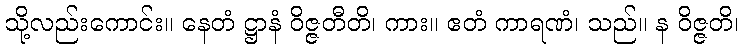
သို့လည်းကောင်း။ နေတံ ဋ္ဌာနံ ဝိဇ္ဇတီတိ၊ ကား။ ဧတံ ကာရဏံ၊ သည်။ န ဝိဇ္ဇတိ၊